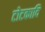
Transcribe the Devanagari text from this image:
टोटकादि